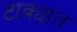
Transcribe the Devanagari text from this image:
टाक्यांत